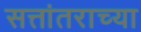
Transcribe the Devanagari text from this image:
सत्तांतराच्या